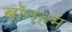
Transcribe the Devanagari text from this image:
बॉनहम